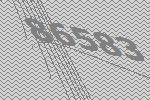
86583